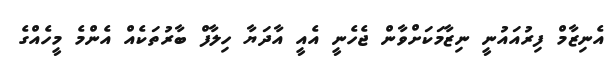
އެނިޒާމް ފިރުއައުނީ ނިޒާމަކަށްވާން ޖެހެނީ އެއީ އާދަޔާ ހިލާފް ބާރުތަކެއް އެންމެ މީހެއްގެ